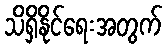
သိရှိနိုင်ရေးအတွက်